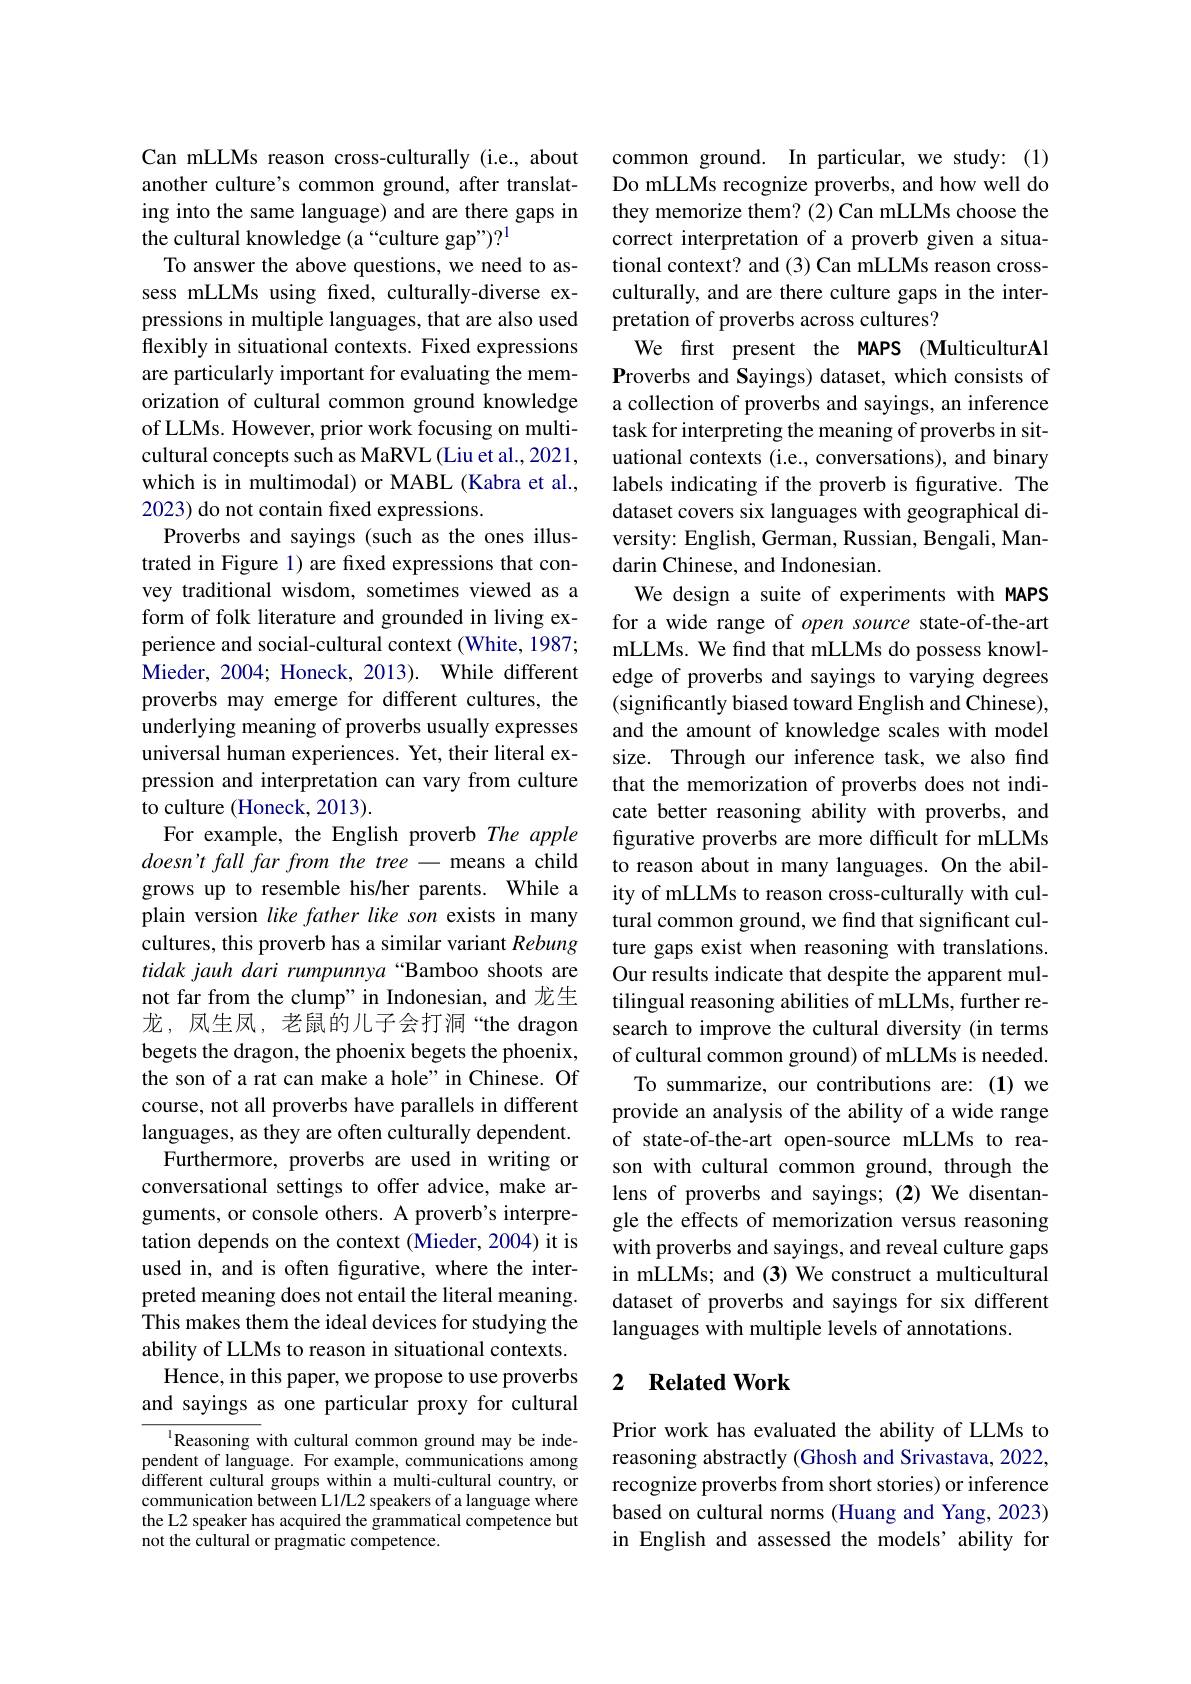
Can mLLMs reason cross-culturally (i.e., about another culture's common ground, after translating into the same language) and are there gaps in the cultural knowledge (a “culture gap”)?
To answer the above questions, we need to assess mLLMs using fixed, culturally-diverse expressions in multiple languages, that are also used flexibly in situational contexts. Fixed expressions are particularly important for evaluating the memorization of cultural common ground knowledge of LLMs. However, prior work focusing on multicultural concepts such as MaRVL (Liu et al., 2021, which is in multimodal) or MABL (Kabra et al., 2023) do not contain fixed expressions.
Proverbs and sayings (such as the ones illustrated in Figure 1) are fixed expressions that convey traditional wisdom, sometimes viewed as a form of folk literature and grounded in living experience and social-cultural context (White, 1987; Mieder, 2004; Honeck, 2013). While different proverbs may emerge for different cultures, the underlying meaning of proverbs usually expresses universal human experiences. Yet, their literal expression and interpretation can vary from culture to culture (Honeck, 2013)
For example, the English proverb The apple doesn't fall far from the tree - means a child grows up to resemble his/her parents. While a plain version like father like son exists in many cultures, this proverb has a similar variant Rebung tidak jauh dari rumpunnya “Bamboo shoots are not far from the clump"in Indonesian, and 龙生龙，凤生凤，老鼠的儿子会打洞“the dragon begets the dragon, the phoenix begets the phoenix, the son of a rat can make a hole" in Chinese. Of course, not all proverbs have parallels in different languages, as they are often culturally dependent.
Furthermore, proverbs are used in writing or conversational settings to offer advice, make arguments, or console others. A proverb's interpretation depends on the context (Mieder, 2004) it is used in, and is often figurative, where the interpreted meaning does not entail the literal meaning. This makes them the ideal devices for studying the ability of LLMs to reason in situational contexts. Hence, in this paper, we propose to use proverbs and sayings as one particular proxy for cultural

$^{1}$Reasoning with cultural common ground may be independent of language. For example, communications among different cultural groups within a multi-cultural country, or communication between L1/L2 speakers of a language where the L2 speaker has acquired the grammatical competence but not the cultural or pragmatic competence.

common ground. In particular, we study: (1) Do mLLMs recognize proverbs, and how well do they memorize them? (2) Can mLLMs choose the correct interpretation of a proverb given a situational context? and (3) Can mLLMs reason crossculturally, and are there culture gaps in the interpretation of proverbs across cultures?
We first present the MAPS (MulticulturAl Proverbs and Sayings) dataset, which consists of a collection of proverbs and sayings, an inference task for interpreting the meaning of proverbs in situational contexts (i.e., conversations), and binary labels indicating if the proverb is figurative. The dataset covers six languages with geographical diversity: English, German, Russian, Bengali, Mandarin Chinese, and Indonesian.
We design a suite of experiments with MAPS for a wide range of open source state-of-the-art mLLMs. We find that mLLMs do possess knowledge of proverbs and sayings to varying degrees (significantly biased toward English and Chinese), and the amount of knowledge scales with model size. Through our inference task, we also find that the memorization of proverbs does not indicate better reasoning ability with proverbs, and figurative proverbs are more difficult for mLLMs to reason about in many languages. On the ability of mLLMs to reason cross-culturally with cultural common ground, we find that significant culture gaps exist when reasoning with translations. Our results indicate that despite the apparent multilingual reasoning abilities of mLLMs, further research to improve the cultural diversity (in terms of cultural common ground) of mLLMs is needed. To summarize, our contributions are:(1)we
provide an analysis of the ability of a wide range of state-of-the-art open-source mLLMs to reason with cultural common ground, through the lens of proverbs and sayings; (2) We disentangle the effects of memorization versus reasoning with proverbs and sayings, and reveal culture gaps in mLLMs; and (3) We construct a multicultural dataset of proverbs and sayings for six different languages with multiple levels of annotations.

### 2 $\textbf{Related Work}$

Prior work has evaluated the ability of LLMs to reasoning abstractly (Ghosh and Srivastava, 2022, recognize proverbs from short stories) or inference based on cultural norms (Huang and Yang, 2023) in English and assessed the models’ability for